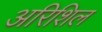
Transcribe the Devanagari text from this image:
अरिशिल